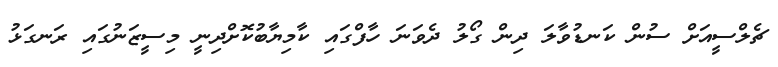
ޗެލްސީއަށް ސުން ކަނޑުވާލަ ދިން ގޯލު ދެވަނަ ހާފްގައި ކާމިޔާބުކޮށްދިނީ މިސީޒަނުގައި ރަނގަޅު